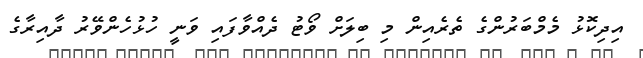
އިދިކޮޅު މެމްބަރުންގެ ތެރެއިން މި ބިލަށް ވޯޓު ދެއްވާފައި ވަނީ ހުޅުހެންވޭރު ދާއިރާގެ